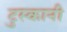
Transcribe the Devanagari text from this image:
टुस्कानी